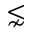
\lnsim